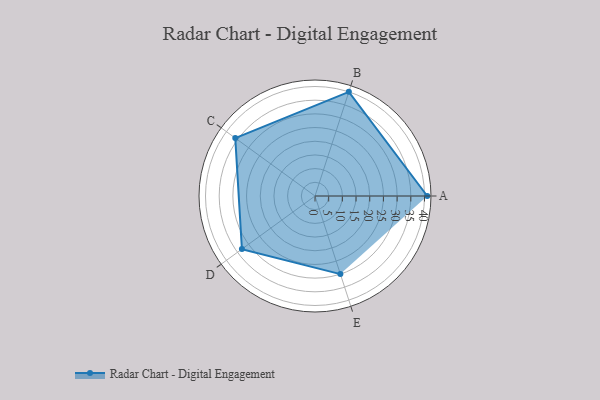
{"axis": {"x": "Skill", "y": "Score"}, "legend": ["Profile"], "data": [{"x": "A", "y": 41.0, "type": "Profile"}, {"x": "B", "y": 40.0, "type": "Profile"}, {"x": "C", "y": 36.0, "type": "Profile"}, {"x": "D", "y": 33.0, "type": "Profile"}, {"x": "E", "y": 30.0, "type": "Profile"}]}